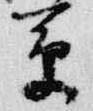
草